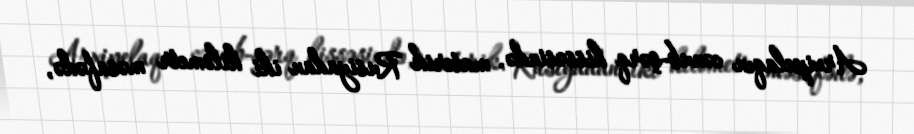
Arxipelaqın cənub-şərq hissəsində, materik Rusiyadan iki kilometr məsafədə,